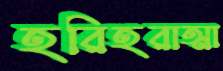
হরিহরাত্মা